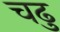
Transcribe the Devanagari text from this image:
चढु